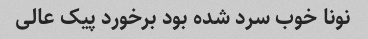
نونا خوب سرد شده بود برخورد پیک عالی